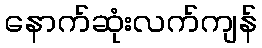
နောက်ဆုံးလက်ကျန်